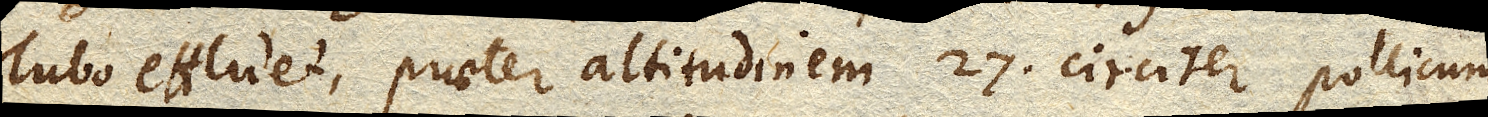
Tubo effluet, praeter altitudinem 27 circiter pollicum